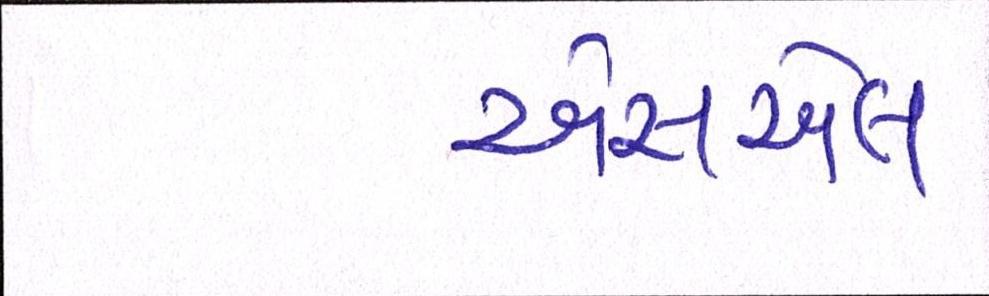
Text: એસએલ